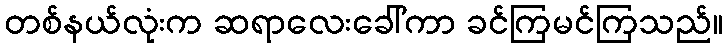
တစ်နယ်လုံးက ဆရာလေးခေါ်ကာ ခင်ကြမင်ကြသည်။